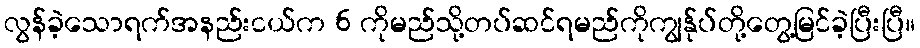
လွန်ခဲ့သောရက်အနည်းငယ်က 6 ကိုမည်သို့တပ်ဆင်ရမည်ကိုကျွန်ုပ်တို့တွေ့မြင်ခဲ့ပြီးပြီ။